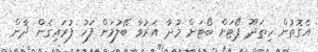
އެގޮތުން ހިތަދޫ ޕޯޓަށް ބޯޓަށް މުދާ އަރުވާ ބޭލުމަށް ފަހު ފުރައިގެން ދާން